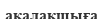
ақалақшыға